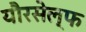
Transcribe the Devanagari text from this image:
यौरसेल्फ